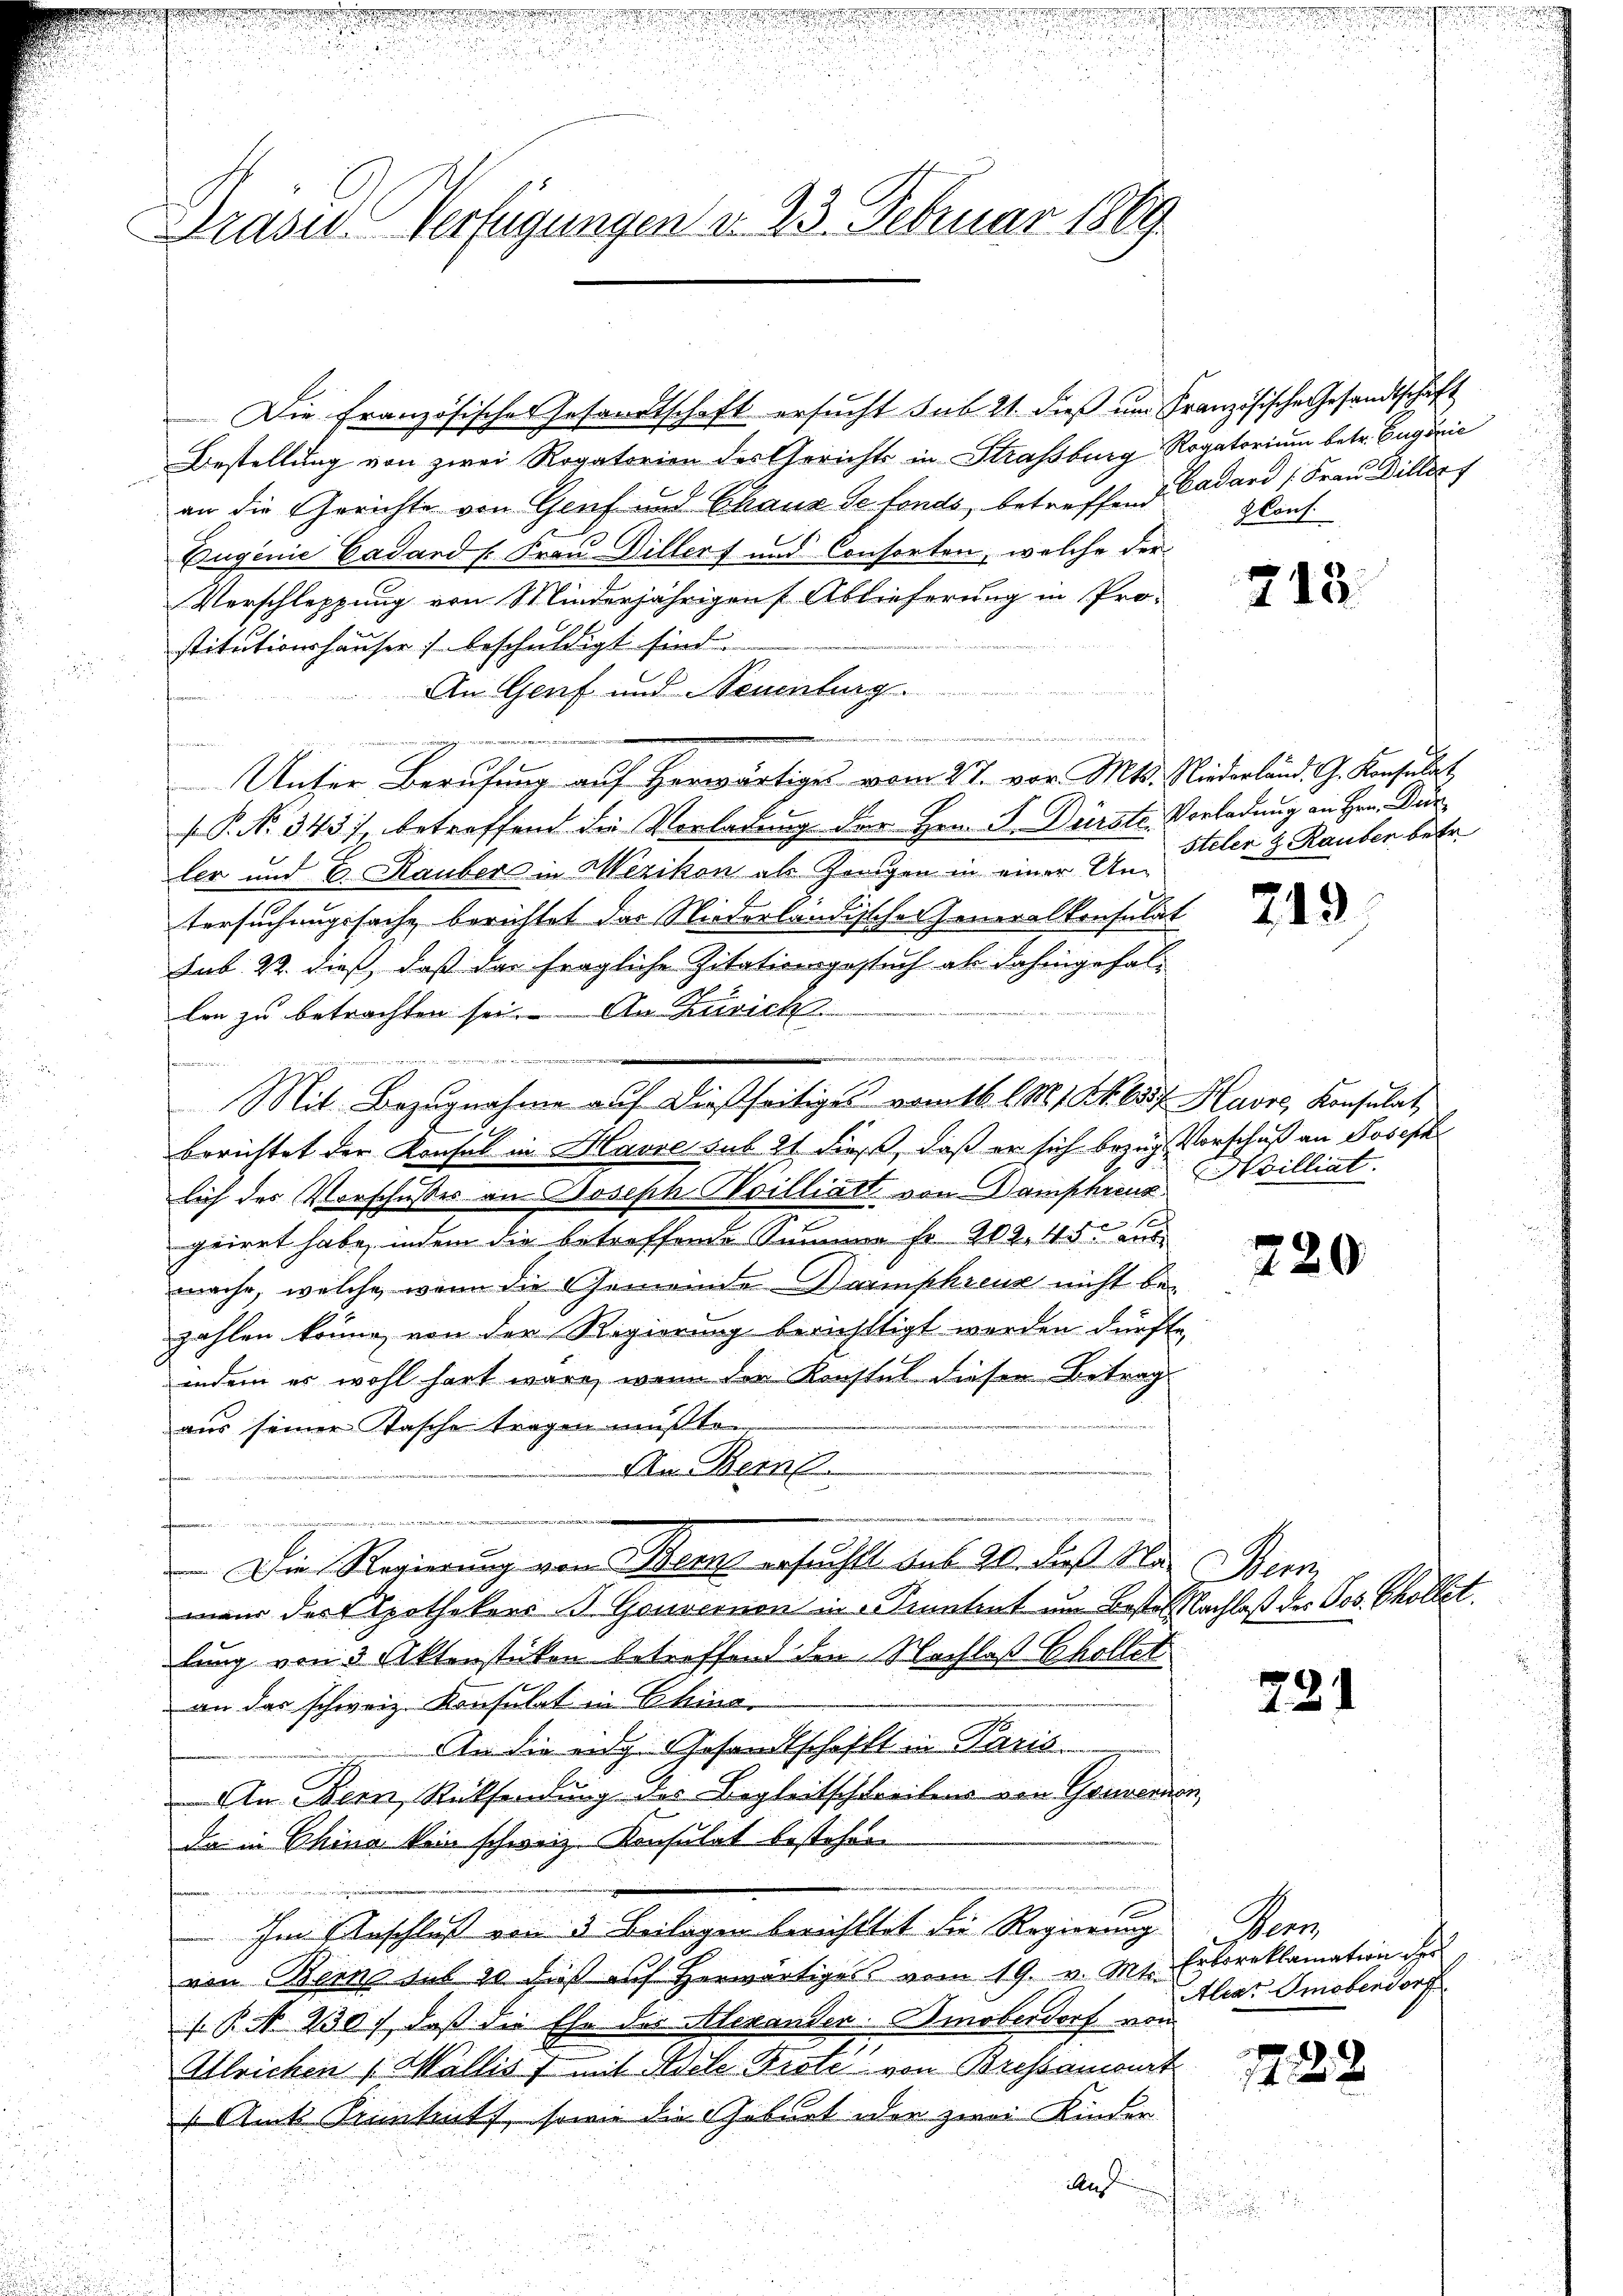
2

Präses Verfügungen d. 23. Februar 1889.

2

r

Die Französischer Gesandtschaft ersucht sub 21. dieß um Französische Gesandtschaft
Bestellung von zwei Rogatorien des Gerichts in Straßburg Rogatorium betr. Eugenie
an die Gerichte von Genf und Chaux de fonds, betreffend Cadard (Frau Diller
Eugenie Cadard E. Frau Dillers und Consorten, welche der
Verschleppung von Minderjährigen Ablieferung in Prostitutionshäuser) beschuldigt sind
An Genf und Neuenburg.
 422 n 2. 330. 23. d.
Unser Berufung auf Herwärtiges vom 27. vor. Mts. Niederland. G. Konsulat
.P. Nr. 343), betreffend die Vorladung der Hrn. J. Dürste Vorladung an Hrn. Dur
ler und E. Rauber in Wezikon als Zeugen in einer Un-
tersuchungssache berichtet der Niederländischer Generalkonsulat
sub 22. dieß, daß das fragliche Zitationsgesuch ab dahingefallen zu betrachten sei. An Zürich
ei
Mit Bezŭgnahme auf dießseitiges vom 16. l. M. 1 S. 658f Havre, Konsulat,
berichtet der Konsul in Havre sub 21 dieß, daß er sich bezug Vorschuß an Joseph
lich des Vorschusser an Joseph Soilliatt von Damphreuz
geirrt habe, indem die betreffende Summe fr. 202. 45 aus
mache, welche, wenn die Gemeinde Darmpkreuz nicht bezahlen könne, von der Regierung berichttigt werden dürfte,
indem es wohl hart wäre, wenn der Konstel diesen Betrag
aus seiner Tasche tragen mußte
An Bern.
.
ofernennen
Die Regierung von Bern ersucht bis 20. Das Was Bern
maur des Apothekers s Gouvernon in Sinntent um Beste Nachlaß der Pos. Chollet.
lung von 3 Aktenstücken betreffend den Nachlaß Chollet
an das schweiz. Konsulat in China
An die eige Gesandtschafft in Paris
An Bern, Rücksendung des Begleitschreibens von Generen,
da in China kein schweiz. Konsulat bestehen.
Im Anschluß von 3 Beilagen berichttet die Regierung Bern,
von Bern sub 20 dieß auf herwärtiges vom 19. v. Mts. Erboreklamation der
 P. P. 230, daß die Ehe des Alexander. Amoberdorf von
Alleichen (Wallis f mit Adele Biste von Bressamant
Amt Rintut, sowie die Geburt oder zwei Kinder
d

Hlouf

213.

Steler z. Rauber betr.

219

Hvilliat.

220

221

Aliar Omeberdorf

1422

u